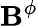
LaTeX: \mathbf{B}^{\phi}